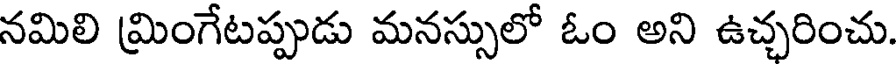
నమిలి మ్రింగేటప్పుడు మనస్సులో ఓం అని ఉచ్చరించు.